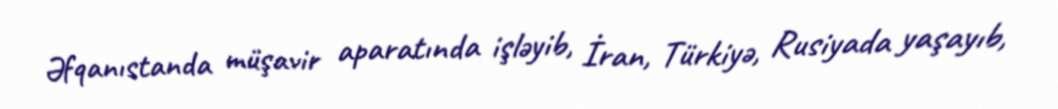
Əfqanıstanda müşavir aparatında işləyib, İran, Türkiyə, Rusiyada yaşayıb,